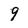
Character: 9